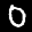
Label: 0